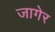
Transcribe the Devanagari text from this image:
जागेर